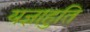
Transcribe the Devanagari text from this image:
यज्ञाहुति